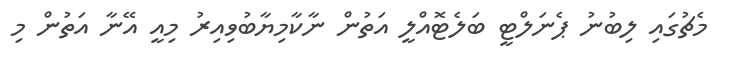
މެޗުގައި ލިބުނު ޕެނަލްޓީ ބަލެޓޮއްލީ އަތުން ނާކާމިޔާބުވިއިރު މިއީ އޭނާ އަތުން މި